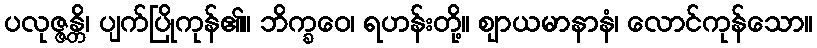
ပလုဇ္ဇန္တိ၊ ပျက်ပြိုကုန်၏။ ဘိက္ခဝေ၊ ရဟန်းတို့။ ဈာယမာနာနံ၊ လောင်ကုန်သော။